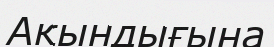
Ақындығына